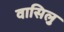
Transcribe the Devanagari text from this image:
वासिलु